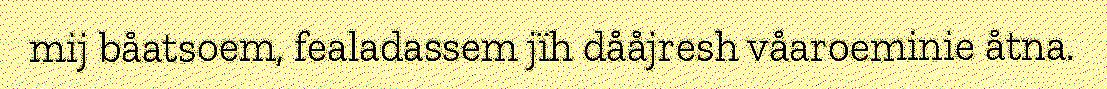
mij båatsoem, fealadassem jïh dååjresh våaroeminie åtna.